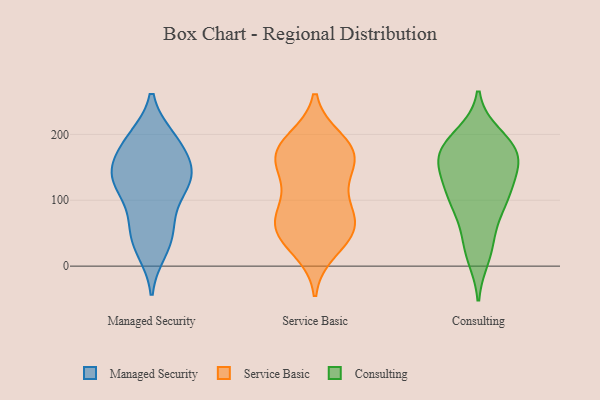
{"axis": {"x": "Temperature (°C)", "y": "Value"}, "legend": ["Consulting", "Managed Security", "Service Basic"], "data": [{"x": "", "y": 132, "type": "Managed Security"}, {"x": "", "y": 45, "type": "Managed Security"}, {"x": "", "y": 193, "type": "Managed Security"}, {"x": "", "y": 136, "type": "Managed Security"}, {"x": "", "y": 75, "type": "Managed Security"}, {"x": "", "y": 110, "type": "Managed Security"}, {"x": "", "y": 178, "type": "Managed Security"}, {"x": "", "y": 142, "type": "Managed Security"}, {"x": "", "y": 139, "type": "Managed Security"}, {"x": "", "y": 63, "type": "Managed Security"}, {"x": "", "y": 24, "type": "Managed Security"}, {"x": "", "y": 121, "type": "Managed Security"}, {"x": "", "y": 135, "type": "Managed Security"}, {"x": "", "y": 193, "type": "Managed Security"}, {"x": "", "y": 194, "type": "Managed Security"}, {"x": "", "y": 33, "type": "Managed Security"}, {"x": "", "y": 160, "type": "Managed Security"}, {"x": "", "y": 25, "type": "Service Basic"}, {"x": "", "y": 156, "type": "Service Basic"}, {"x": "", "y": 77, "type": "Service Basic"}, {"x": "", "y": 173, "type": "Service Basic"}, {"x": "", "y": 191, "type": "Service Basic"}, {"x": "", "y": 164, "type": "Service Basic"}, {"x": "", "y": 75, "type": "Service Basic"}, {"x": "", "y": 180, "type": "Service Basic"}, {"x": "", "y": 179, "type": "Service Basic"}, {"x": "", "y": 54, "type": "Service Basic"}, {"x": "", "y": 149, "type": "Service Basic"}, {"x": "", "y": 51, "type": "Service Basic"}, {"x": "", "y": 44, "type": "Service Basic"}, {"x": "", "y": 121, "type": "Service Basic"}, {"x": "", "y": 96, "type": "Service Basic"}, {"x": "", "y": 61, "type": "Service Basic"}, {"x": "", "y": 180, "type": "Consulting"}, {"x": "", "y": 143, "type": "Consulting"}, {"x": "", "y": 109, "type": "Consulting"}, {"x": "", "y": 155, "type": "Consulting"}, {"x": "", "y": 164, "type": "Consulting"}, {"x": "", "y": 137, "type": "Consulting"}, {"x": "", "y": 15, "type": "Consulting"}, {"x": "", "y": 164, "type": "Consulting"}, {"x": "", "y": 112, "type": "Consulting"}, {"x": "", "y": 88, "type": "Consulting"}, {"x": "", "y": 96, "type": "Consulting"}, {"x": "", "y": 198, "type": "Consulting"}, {"x": "", "y": 172, "type": "Consulting"}, {"x": "", "y": 180, "type": "Consulting"}, {"x": "", "y": 189, "type": "Consulting"}, {"x": "", "y": 44, "type": "Consulting"}, {"x": "", "y": 95, "type": "Consulting"}, {"x": "", "y": 26, "type": "Consulting"}]}